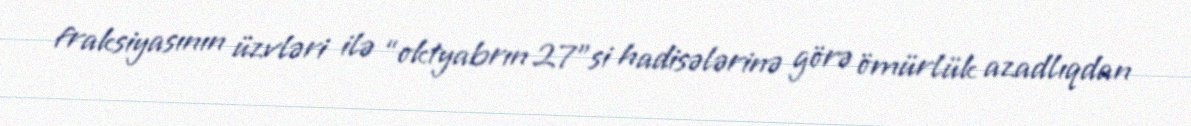
fraksiyasının üzvləri ilə “oktyabrın 27”si hadisələrinə görə ömürlük azadlıqdan